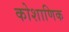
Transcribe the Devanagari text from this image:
कोशाणिक